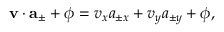
\mathbf { v } \cdot \mathbf { a } _ { \pm } + \phi = v _ { x } a _ { \pm x } + v _ { y } a _ { \pm y } + \phi ,